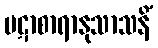
ပဋာစာရာနုသာသနိံ